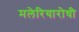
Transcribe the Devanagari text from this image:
मलेरियारोधी